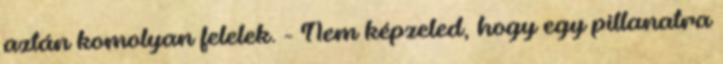
aztán komolyan felelek. - Nem képzeled, hogy egy pillanatra